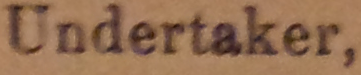
Undertaker.